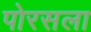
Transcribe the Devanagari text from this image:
पोरसला